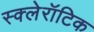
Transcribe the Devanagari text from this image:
स्क्लेरॉटिक